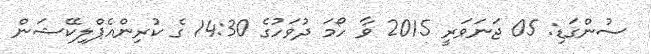
ސުންގަޑި: 05 ޖަނަވަރީ 2015 ވާ ހޯމަ ދުވަހުގެ 14:30 ގެ ކުރިންއެޕްލިކޭޝަން